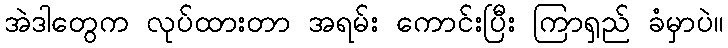
အဲဒါတွေက လုပ်ထားတာ အရမ်း ကောင်းပြီး ကြာရှည် ခံမှာပဲ။